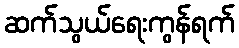
ဆက်သွယ်ရေးကွန်ရက်